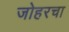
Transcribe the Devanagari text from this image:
जोहरचा